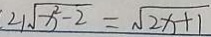
2 1 \sqrt { x ^ { 2 } - 2 } = \sqrt { 2 x + 1 }